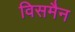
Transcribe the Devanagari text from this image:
विसमैन